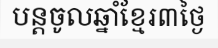
បន្តចូលឆ្នាំខ្មែរ៣ថ្ងៃ